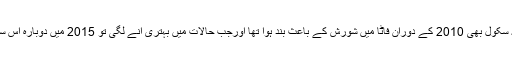
علاقے کے دیگر سکولوں کی طرح یہ سکول بھی 2010 کے دوران فاٹا میں شورش کے باعث بند ہوا تھا اورجب حالات میں بہتری آنے لگی تو 2015 میں دوبارہ اس سکول میں پڑھائی کا عمل بحال کیا گیا۔